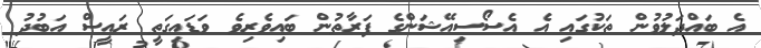
އެ ބައްދަލުވުން ތަކުގައި އެ އެސޯސިއޭޝަންގެ ފަރާތުން ބައިވެރިވެ ވަޑައިގަތީ ރައީސް އަބުދު